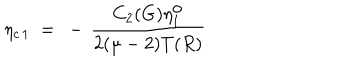
\eta _ { c \, 1 } ~ = ~ - \, \frac { C _ { 2 } ( G ) \eta _ { 1 } ^ { \mathrm { o } } } { 2 ( \mu - 2 ) T ( R ) }